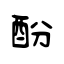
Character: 酚